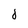
Character: d